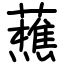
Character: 藮